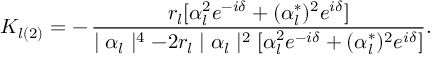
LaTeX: K _ { l ( 2 ) } = - \, \frac { r _ { l } [ \alpha _ { l } ^ { 2 } e ^ { - i \delta } + ( \alpha _ { l } ^ { * } ) ^ { 2 } e ^ { i \delta } ] } { \mid \alpha _ { l } \mid ^ { 4 } - 2 r _ { l } \mid \alpha _ { l } \mid ^ { 2 } [ \alpha _ { l } ^ { 2 } e ^ { - i \delta } + ( \alpha _ { l } ^ { * } ) ^ { 2 } e ^ { i \delta } ] } .